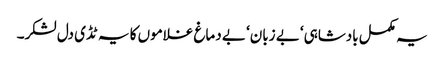
یہ مکمل بادشاہی‘ بے زبان‘ بے دماغ غلاموں کا یہ ٹڈی دل لشکر۔